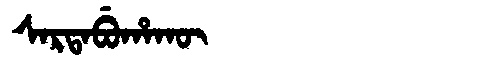
Manchu: ᠰᠠᡵᡨᠠᠪᡠᡥᠠᡴᡡ
Romanization: SARTABUHAKŪ